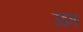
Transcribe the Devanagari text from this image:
उडना